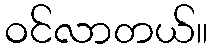
ဝင်လာတယ်။